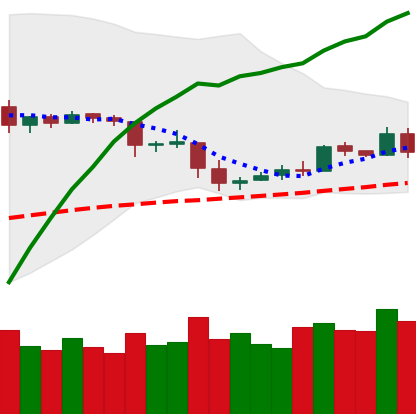
Ticker: ETC-USD
Chart end date: 2019-05-04
Forward return: -4.524%
Label: down_3_5